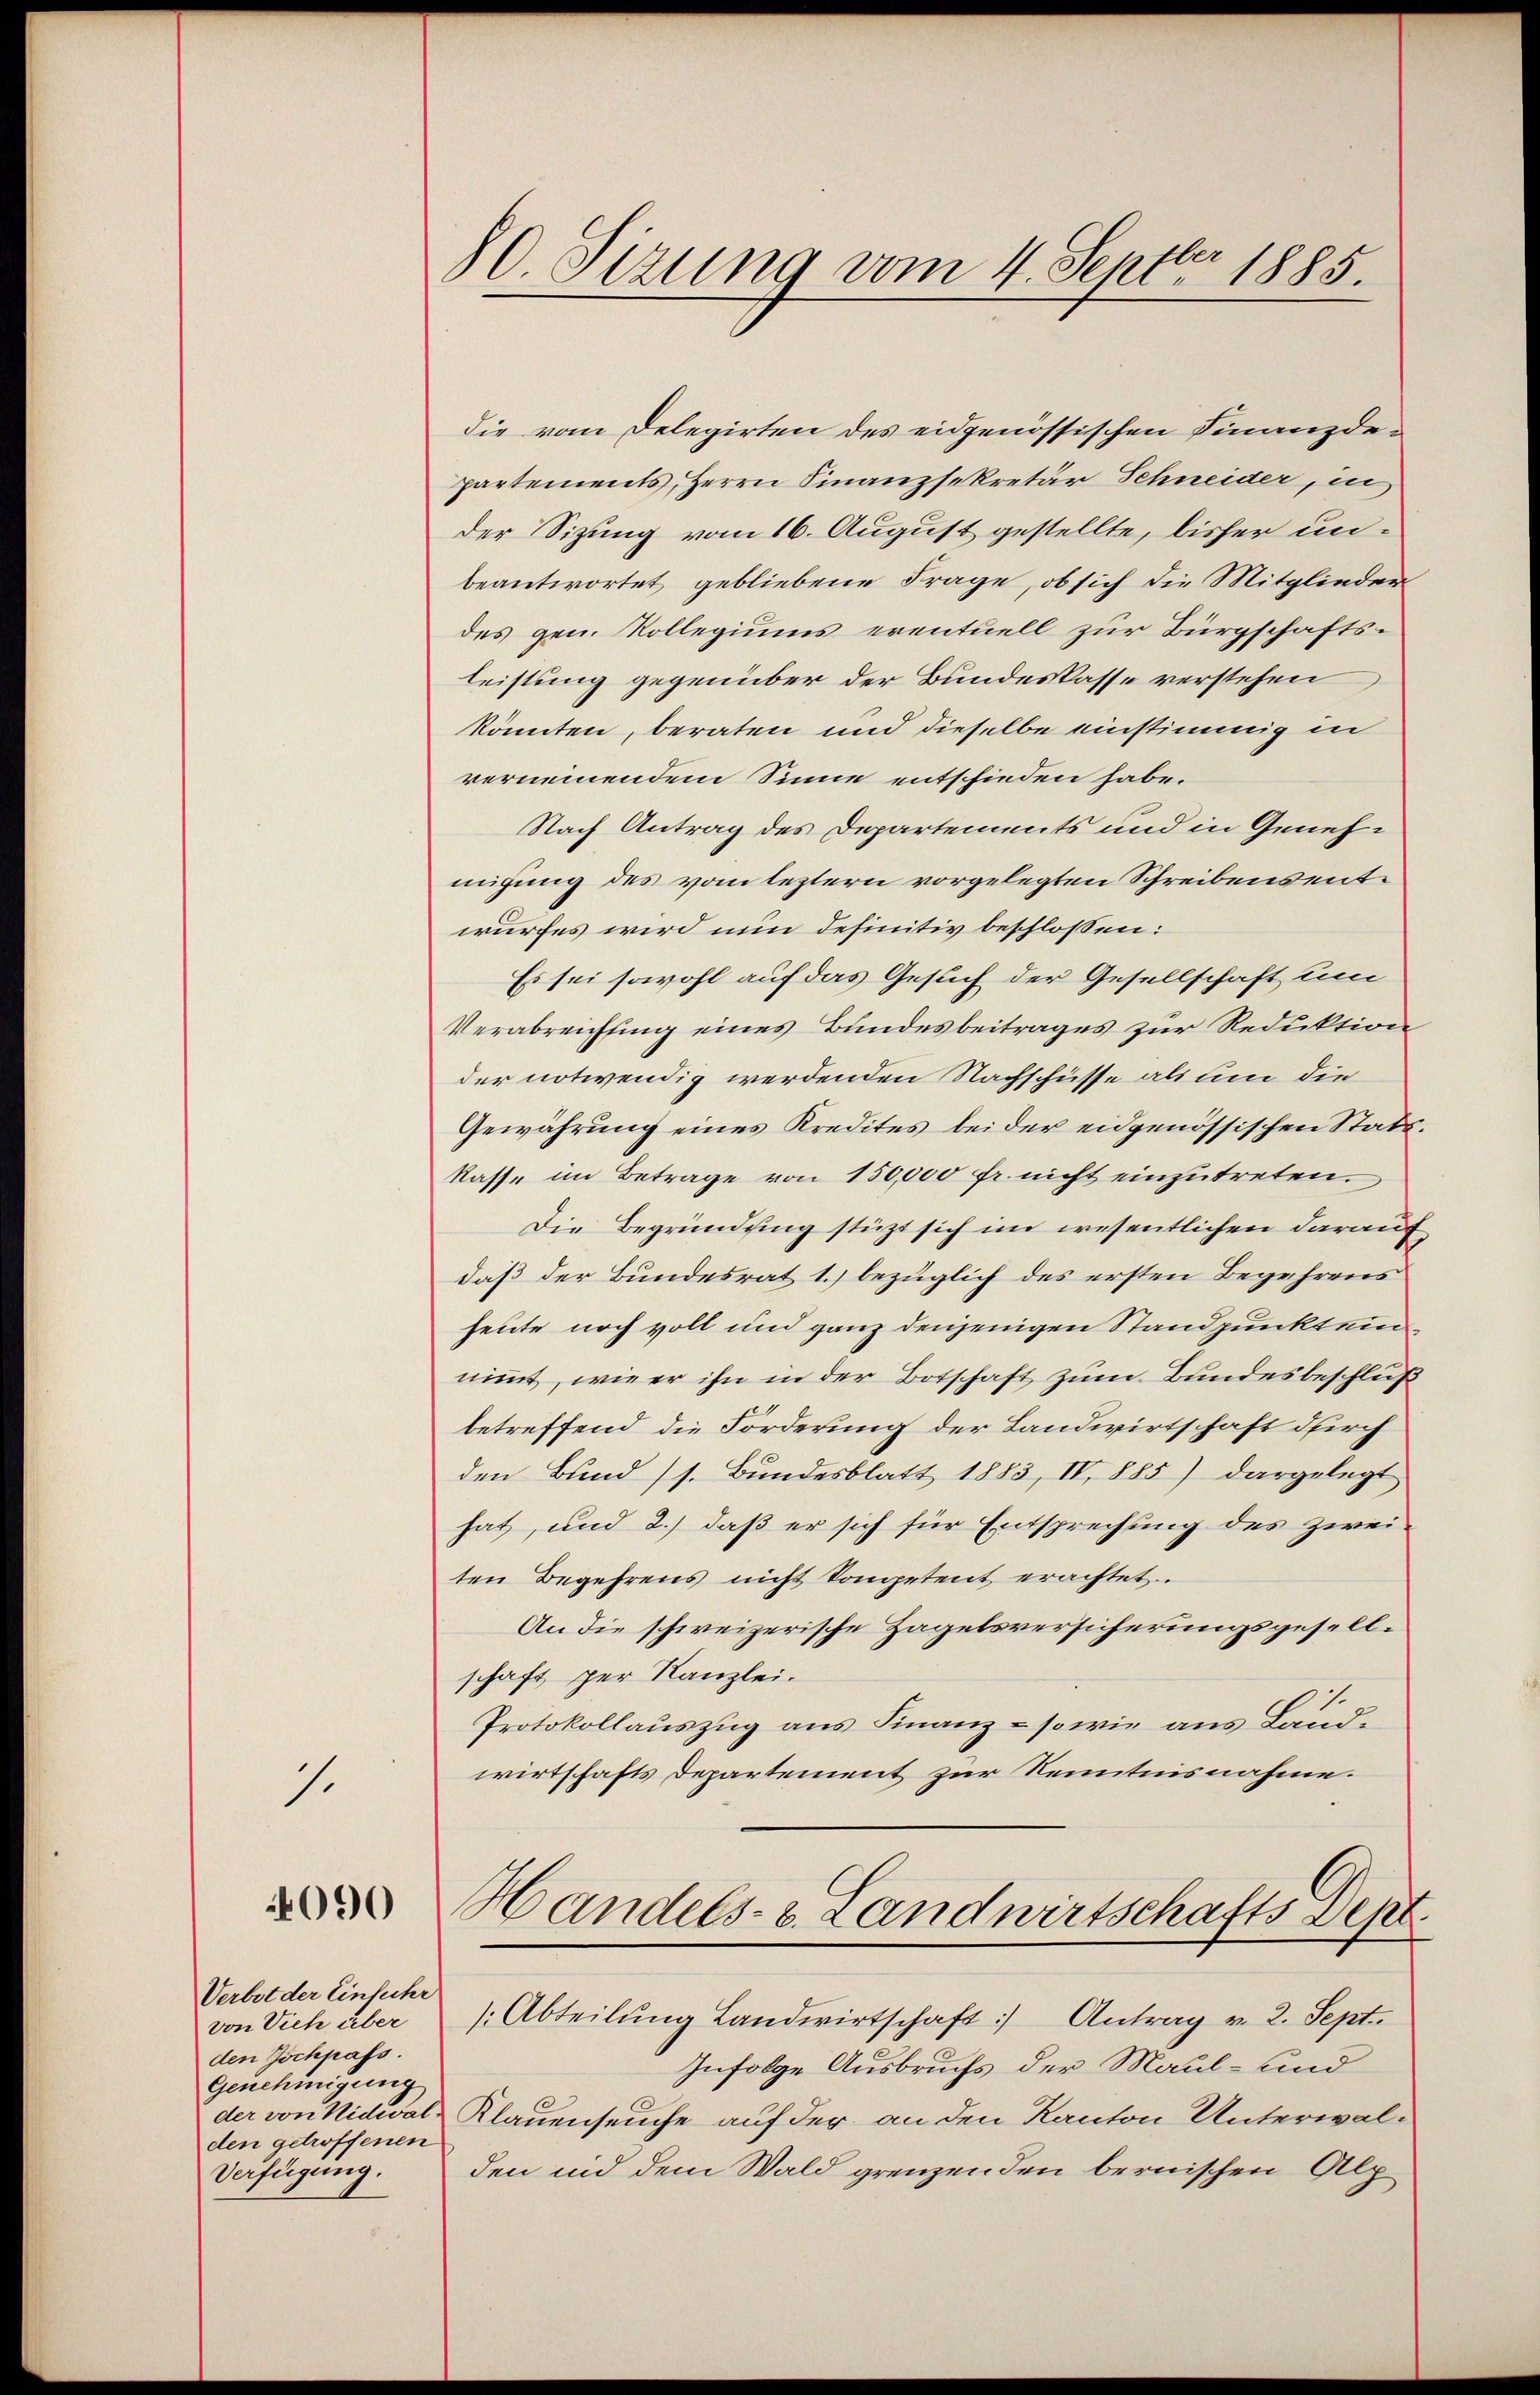
s.

090

Verbot der Einfuhr
von Vieh über
den Zöchpass.
Genehmigung
den getroffenen
Verfügung.

80. Sizung vom 4. Septbr 1885.

die vom Delegirten des eidgenössischen Finanzdepartements, Herrn Finanzsekretär Schneider, in
der Sizung vom 16. August gestellte, bisher unbeantwortet gebliebene Frage, ob sich die Mitglieder
des gen. Kollegiums eventuell zur Bürgschafts-
leistung gegenüber der Bundeskasse verstehen
könnten, beraten und dieselbe einstimmig in
vernennendem Sinne entschieden habe.
Nach Antrag des Departements und in Genehmigung des vom leztern vorgelegten Schreibensentwurfes wird nun definitiv beschlossen:
Es sei sowohl auf das Gesuch der Gesellschaft um
Verabreichung eines Bundesbeitrages zur Reduktion
der notwendig werdenden Nachschüsse als um die
Gewährung eines Kredites bei der eidgenössischen Statskasse im Betrage von 150,000 fr. nicht einzŭtreten.
Die Begründung stützt sich im wesentlichen darauf
daß der Bundesrat 1.) bezüglich des ersten Begehrens
heute noch voll und ganz denjenigen Standpunkt einnimmt, wie er ihn in der Botschaft zum Bundesbeschluß
betreffend die Forderung der Landwirtschaft durch
den Bund (s. Bundesblatt 1883, IV 885) dargelegt
hat, und 2.) daß er sich für Entsprechung des zwei-
ten Begehrens nicht kompetent erachtet.
An die schweizerische Zagelsversicherungsgesellschaft per Kanzlei.
Protokollauszug aus Finanz- sowie aus Landwirtschafts Departement zur Kenntnisnahme.
Handels- & Landwirtschafts Dept.
(Abteilŭng Landwirtschaft) Antrag v. 2. Sept.
Infolge Ausbruchs der Maul- und
der von Nidwal Klauenseuche auf der an den Kanton Unterwalden und dem Wald grenzenden bernischen Alp